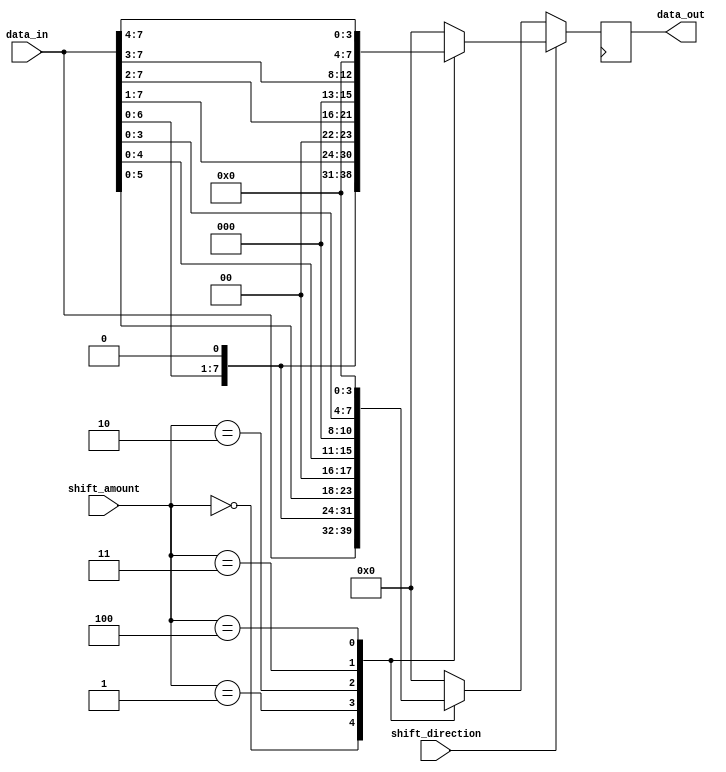
module SparseBarrelShifter (
    input wire [7:0] data_in,
    input wire [3:0] shift_amount,
    input wire shift_direction, // 0 for left shift, 1 for right shift
    output reg [7:0] data_out
);

always @ (posedge clk) begin
    if (shift_direction == 0) begin // Left shift
        case (shift_amount)
            4'b0000: data_out <= data_in;
            4'b0001: data_out <= data_in << 1;
            4'b0010: data_out <= data_in << 2;
            4'b0011: data_out <= data_in << 3;
            4'b0100: data_out <= data_in << 4;
            // Add more cases as needed
            default: data_out <= 8'b0;
        endcase
    end else begin // Right shift
        case (shift_amount)
            4'b0000: data_out <= data_in;
            4'b0001: data_out <= data_in >> 1;
            4'b0010: data_out <= data_in >> 2;
            4'b0011: data_out <= data_in >> 3;
            4'b0100: data_out <= data_in >> 4;
            // Add more cases as needed
            default: data_out <= 8'b0;
        endcase
    end
end

endmodule